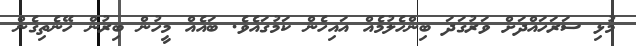
މުޅި ސަރަހައްދަށް ވަރުގަދަ ބިންހެލުމެއް އައިހެން ކަމުގައެވެ. ބައެއް މީހުން ބިރުން ހޭނެތިގެން